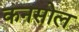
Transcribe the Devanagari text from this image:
कनसोल